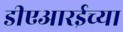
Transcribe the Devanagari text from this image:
डीएआरईच्या